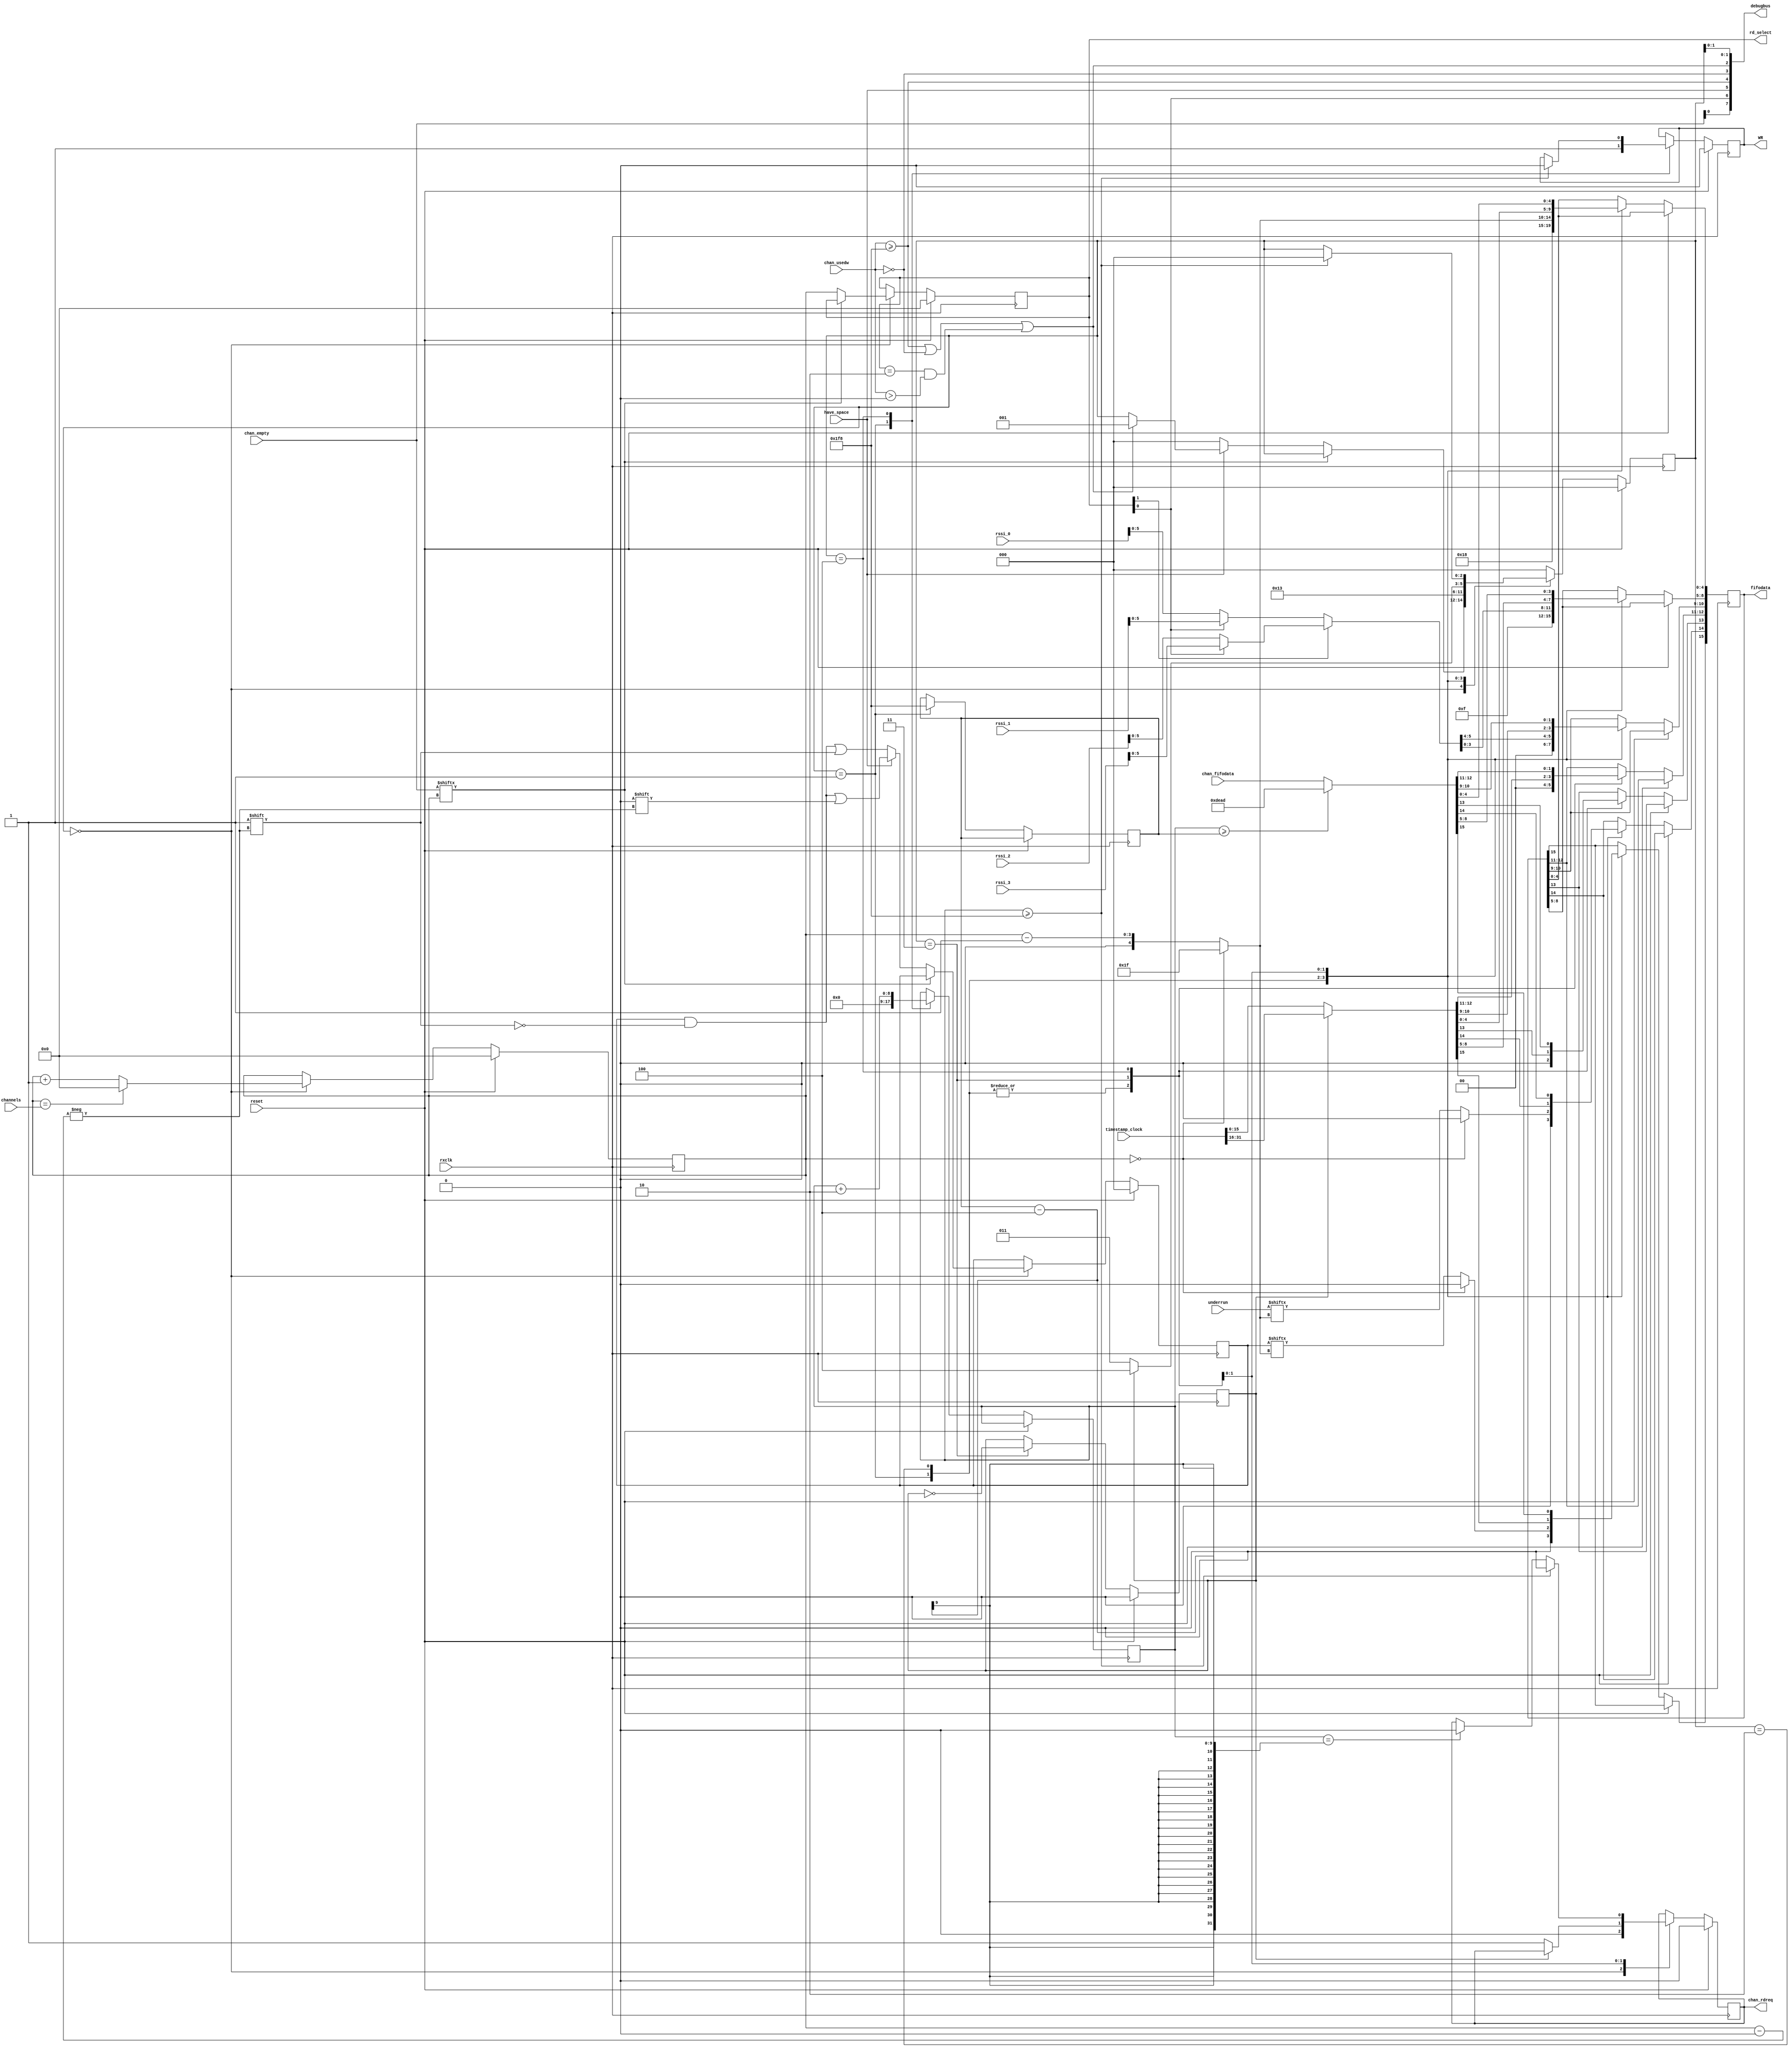
module packet_builder #(parameter NUM_CHAN = 2)(
    // System
    input rxclk,
    input reset,
	 input [31:0] timestamp_clock,
	 input [3:0] channels,
    // ADC side
    input [15:0]chan_fifodata,
    input [NUM_CHAN:0]chan_empty,
    input [9:0]chan_usedw,
    output reg [3:0]rd_select,
    output reg chan_rdreq,
    // FX2 side
    output reg WR,
    output reg [15:0]fifodata,
    input have_space, 
    input wire [31:0]rssi_0, input wire [31:0]rssi_1, input wire [31:0]rssi_2,
    input wire [31:0]rssi_3, output wire [7:0] debugbus,
    input [NUM_CHAN:0] underrun);
    
    
    // States
    `define IDLE                     3'd0
    `define HEADER1                  3'd1
    `define HEADER2                  3'd2
    `define TIMESTAMP                3'd3
    `define FORWARD                  3'd4
	
    `define MAXPAYLOAD 504
    
    `define PAYLOAD_LEN 8:0
    `define TAG 12:9
    `define MBZ 15:13
    
    `define CHAN 4:0
    `define RSSI 10:5
    `define BURST 12:11
    `define DROPPED 13
    `define UNDERRUN 14
    `define OVERRUN 15
    
    reg [NUM_CHAN:0] overrun;
    reg [2:0] state;
    reg [8:0] read_length;
    reg [8:0] payload_len;
    reg timestamp_complete;
    reg [3:0] check_next;
	
    wire [31:0] true_rssi;
    wire [4:0] true_channel;
    wire ready_to_send;

    assign debugbus = {chan_empty[0], rd_select[0], have_space, 
                       (chan_usedw >= 10'd504), (chan_usedw ==0),  
                       ready_to_send, state[1:0]};

    assign true_rssi = (rd_select[1]) ? ((rd_select[0]) ? rssi_3:rssi_2) :
							((rd_select[0]) ? rssi_1:rssi_0);
    assign true_channel = (check_next == 4'd0 ? 5'h1f : {1'd0, check_next - 4'd1});
    assign ready_to_send = (chan_usedw >= 10'd504) || (chan_usedw == 0) || 
                           ((rd_select == NUM_CHAN)&&(chan_usedw > 0));
		
    always @(posedge rxclk)
    begin
        if (reset)
          begin
            overrun <= 0;
            WR <= 0;
            rd_select <= 0;
            chan_rdreq <= 0;
            timestamp_complete <= 0;
            check_next <= 0;
            state <= `IDLE;
          end
        else case (state)
            `IDLE: begin
		chan_rdreq <= #1 0;
		//check if the channel is full
		if(~chan_empty[check_next])
		  begin
                    if (have_space)
                      begin
                        //transmit if the usb buffer have space
                       //check if we should send
                       if (ready_to_send)
                           state <= #1 `HEADER1;
						    
                       overrun[check_next] <= 0;
                      end
                  else
                    begin
                      state <= #1 `IDLE;
                      overrun[check_next] <= 1;
                    end
                  rd_select <= #1 check_next;
                end
                check_next <= #1 (check_next == channels ? 4'd0 : check_next + 4'd1);
            end
            
            `HEADER1: begin
                fifodata[`PAYLOAD_LEN] <= #1 9'd504;
                payload_len <= #1 9'd504;
                fifodata[`TAG] <= #1 0;
                fifodata[`MBZ] <= #1 0;
                WR <= #1 1;
                
                state <= #1 `HEADER2;
                read_length <= #1 0;
            end
            
            `HEADER2: begin
                fifodata[`CHAN] <= #1 true_channel;
                fifodata[`RSSI] <= #1 true_rssi[5:0];
                fifodata[`BURST] <= #1 0;
                fifodata[`DROPPED] <= #1 0;
                fifodata[`UNDERRUN] <= #1 (check_next == 0) ? 1'b0 : underrun[true_channel];
                fifodata[`OVERRUN] <= #1 (check_next == 0) ? 1'b0 : overrun[true_channel];
                state <= #1 `TIMESTAMP;
            end
            
            `TIMESTAMP: begin
                fifodata <= #1 (timestamp_complete ? timestamp_clock[31:16] : timestamp_clock[15:0]);
                timestamp_complete <= #1 ~timestamp_complete;
                
                if (~timestamp_complete)
                    chan_rdreq <= #1 1;
                
                state <= #1 (timestamp_complete ? `FORWARD : `TIMESTAMP);
            end
            
            `FORWARD: begin
                read_length <= #1 read_length + 9'd2;
                fifodata <= #1 (read_length >= payload_len ? 16'hDEAD : chan_fifodata);
                
                if (read_length >= `MAXPAYLOAD)
                  begin
                    WR <= #1 0;
                    state <= #1 `IDLE;
					chan_rdreq <= #1 0;
                  end
                else if (read_length == payload_len - 4)
                    chan_rdreq <= #1 0;
            end
            
            default: begin
				//handling error state
                state <= `IDLE;
            end
            endcase
    end
endmodule